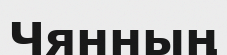
Чянның